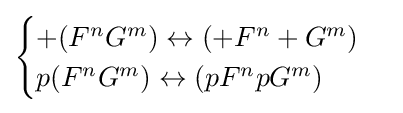
{\begin{cases}+(F^{n}G^{m})\leftrightarrow (+F^{n}+G^{m})\\p(F^{n}G^{m})\leftrightarrow (pF^{n}pG^{m})\end{cases}}